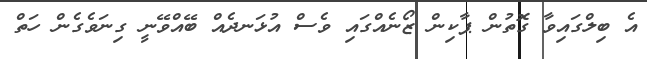
އެ ބިލްގައިވާ ގޮތުން ޕާކިން ޒޯނެއްގައި ވެސް އުޅަނދެއް ބޭއްވޭނީ ގިނަވެގެން ހަތް